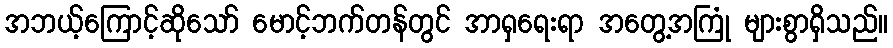
အဘယ့်ကြောင့်ဆိုသော် မောင့်ဘက်တန်တွင် အာရှရေးရာ အတွေ့အကြုံ များစွာရှိသည်။